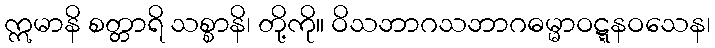
ဣမာနိ စတ္တာရိ သစ္စာနိ၊ တို့ကို။ ဝိသဘာဂသဘာဂဓမ္မာဝဋ္ဋနဝသေန၊